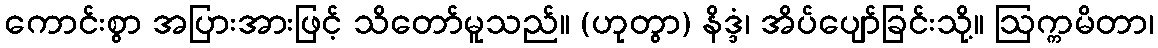
ကောင်းစွာ အပြားအားဖြင့် သိတော်မူသည်။ (ဟုတွာ) နိဒ္ဒံ၊ အိပ်ပျော်ခြင်းသို့။ ဩက္ကမိတာ၊